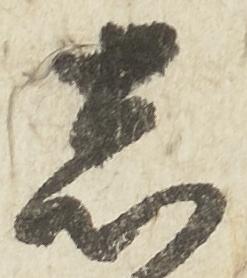
志